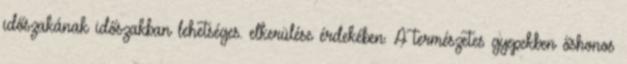
időszakának időszakban lehetséges. elkerülése érdekében. A természetes gyepekben őshonos